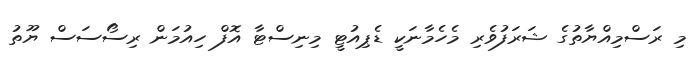
މި ރަސްމިއްޔާތުގެ ޝަރަފުވެރި މެހެމާނަކީ ޑެޕިއުޓީ މިނިސްޓާ އޮފް ހިއުމަން ރިސޯސަސް ޔޫތު